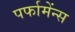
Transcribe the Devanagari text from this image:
पर्फामेंन्स